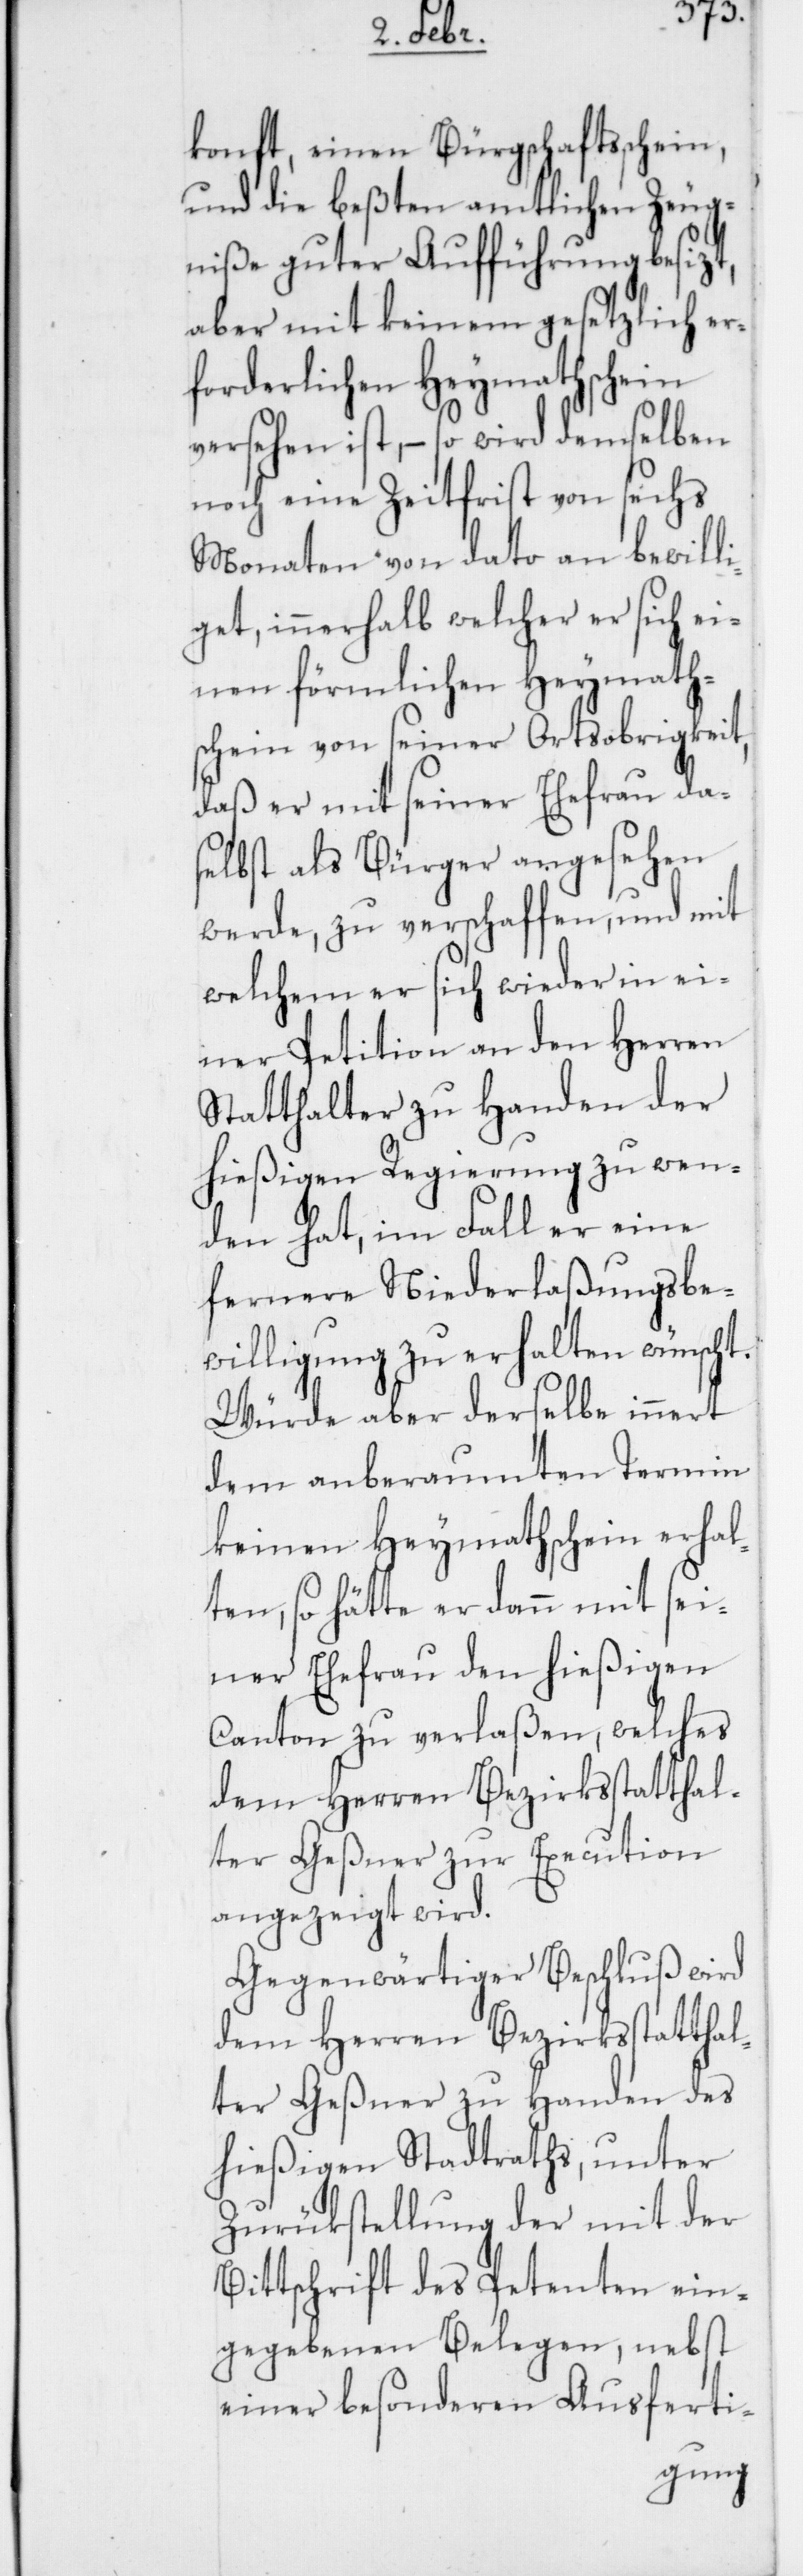
konft, einen Bürgschaftsschein,
und die beßten amtlichen Zeug¬
niße guter Aufführung besizt,
aber mit keinem gesetzlich er¬
forderlichen Heymathschein
versehen ist, – so wird demselben
noch eine Zeitfrist von sechs
Monaten von dato an bewilli¬
get, innerhalb welcher er sich ei¬
nen förmlichen Heymaths¬
chein von seiner Ortsobrigkeit,
daß er mit seiner Ehefrau da¬
selbst als Bürger angesehen
werde, zu verschaffen, und mit
welchem er sich wieder in ei¬
ner Petition an den Herren
Statthalter zu Handen der
hießigen Regierung zu wen¬
den hat, im Fall er eine
fernere Niederlaßungsbe¬
willigung zu erhalten wünscht.
Würde aber derselbe innert
dem anberaumten Termin
keinen Heymathschein erhal¬
ten, so hätte er dann mit sei¬
ner Ehefrau den hießigen
Canton zu verlaßen, welches
dem Herren Bezirksstatthal¬
ter Geßner zur Execution
angezeigt wird.
Gegenwärtiger Beschluß wird
ter Geßner zu Handen des
hießigen Stadtraths, unter
Zurükstellung der mit der
Bittschrift des Petenten ein¬
gegebenen Belegen, nebst
einer besonderen Ausferti-